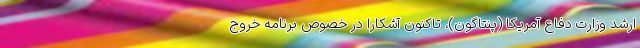
ارشد وزارت دفاع آمریکا (پنتاگون)، تاکنون آشکارا در خصوص برنامه خروج